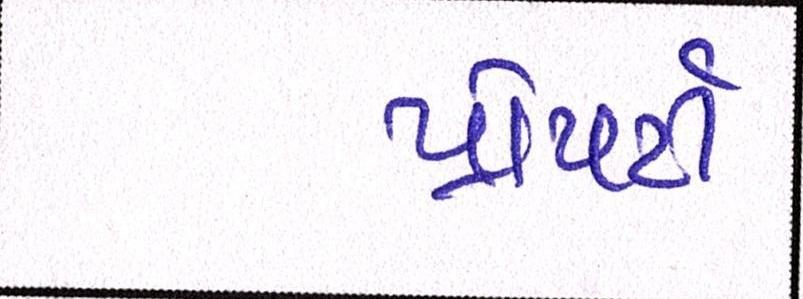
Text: પ્રોપર્ટી